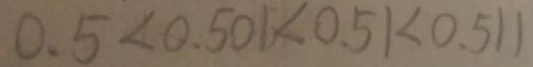
0 . 5 < 0 . 5 0 1 < 0 . 5 1 < 0 . 5 1 1